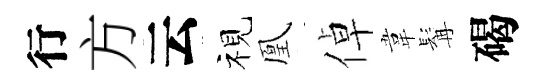
行方云视凰倬韋髯碣